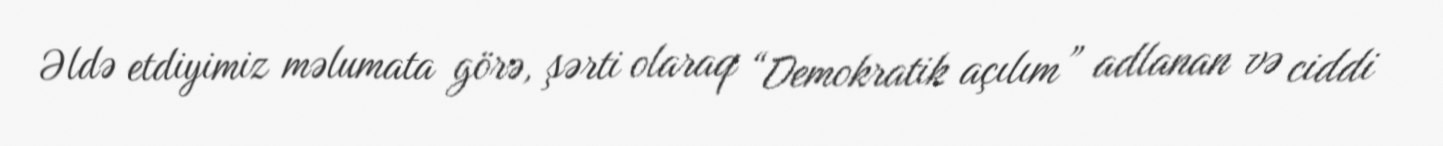
Əldə etdiyimiz məlumata görə, şərti olaraq “Demokratik açılım” adlanan və ciddi